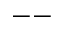
--